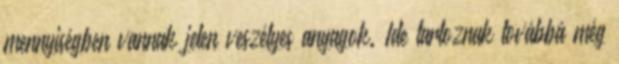
mennyiségben vannak jelen veszélyes anyagok. Ide tartoznak továbbá még